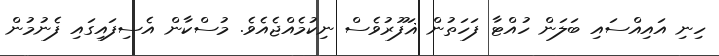
ހިނި އައިއްސައި ބަލަން ހުއްޓާ ފަހަތުން ޣަފޫރުވެސް ނިކުމެއްޖެއެވެ. މުސްކާން އެސިފައިގައި ފެނުމުން